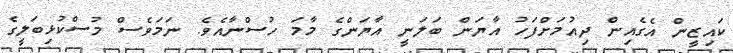
ކައިޒީން އެގެއިން ދިއުމަށްފަހު އާޔަން ބަލަނީ އާޔަންގެ މާމަ ހުސްނާއެވެ. ނަމަވެސް މުސްކުޅިބަލީގެ